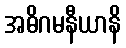
အဓိဂမနီယာနိ